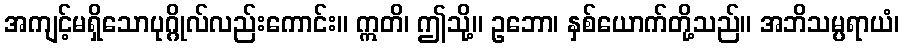
အကျင့်မရှိသောပုဂ္ဂိုလ်လည်းကောင်း။ ဣတိ၊ ဤသို့။ ဥဘော၊ နှစ်ယောက်တို့သည်။ အဘိသမ္ပရာယံ၊